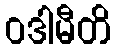
ဝဒါမီတိ